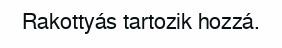
Rakottyás tartozik hozzá.